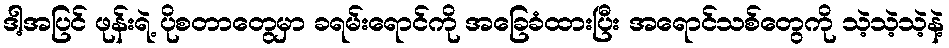
ဒါ့အပြင် ဖုန်းရဲ့ ပိုစတာတွေမှာ ခရမ်းရောင်ကို အခြေခံထားပြီး အရောင်သစ်တွေကို သဲ့သဲ့သဲ့နဲ့